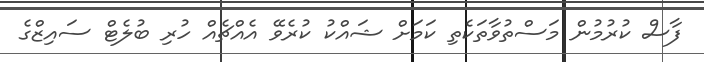
ފާސް ކުރުމުން މަސްތުވާތަކެތި ކަމަށް ޝައްކު ކުރެވޭ އެއްޗެއް ހުރި ބުލެޓް ސައިޒްގެ